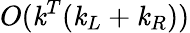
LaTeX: O(\mathit{k}^{T}(\mathit{k}_{L}+\mathit{k}_{R}))